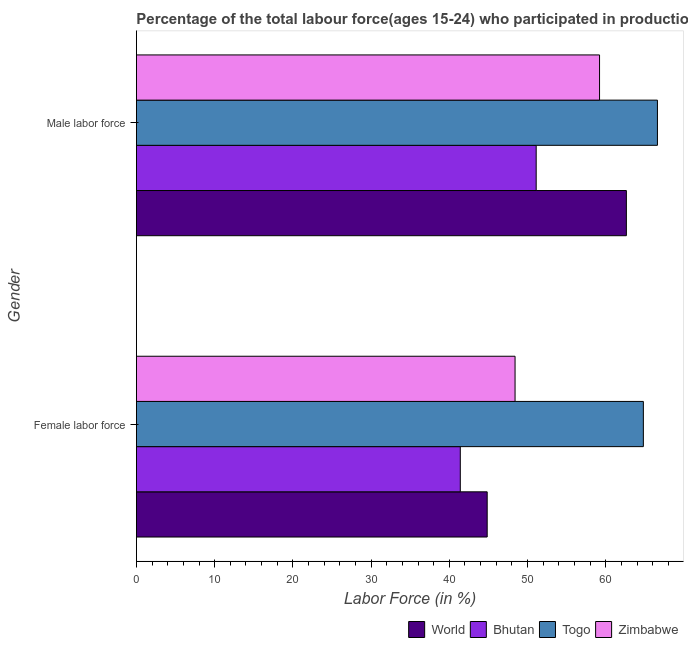
| Gender | World | Bhutan | Togo | Zimbabwe |
 | --- | --- | --- | --- | --- |
 | Female labor force | 44.8 | 41.4 | 64.8 | 48.4 |
 | Male labor force | 62.6 | 51.1 | 66.6 | 59.2 |